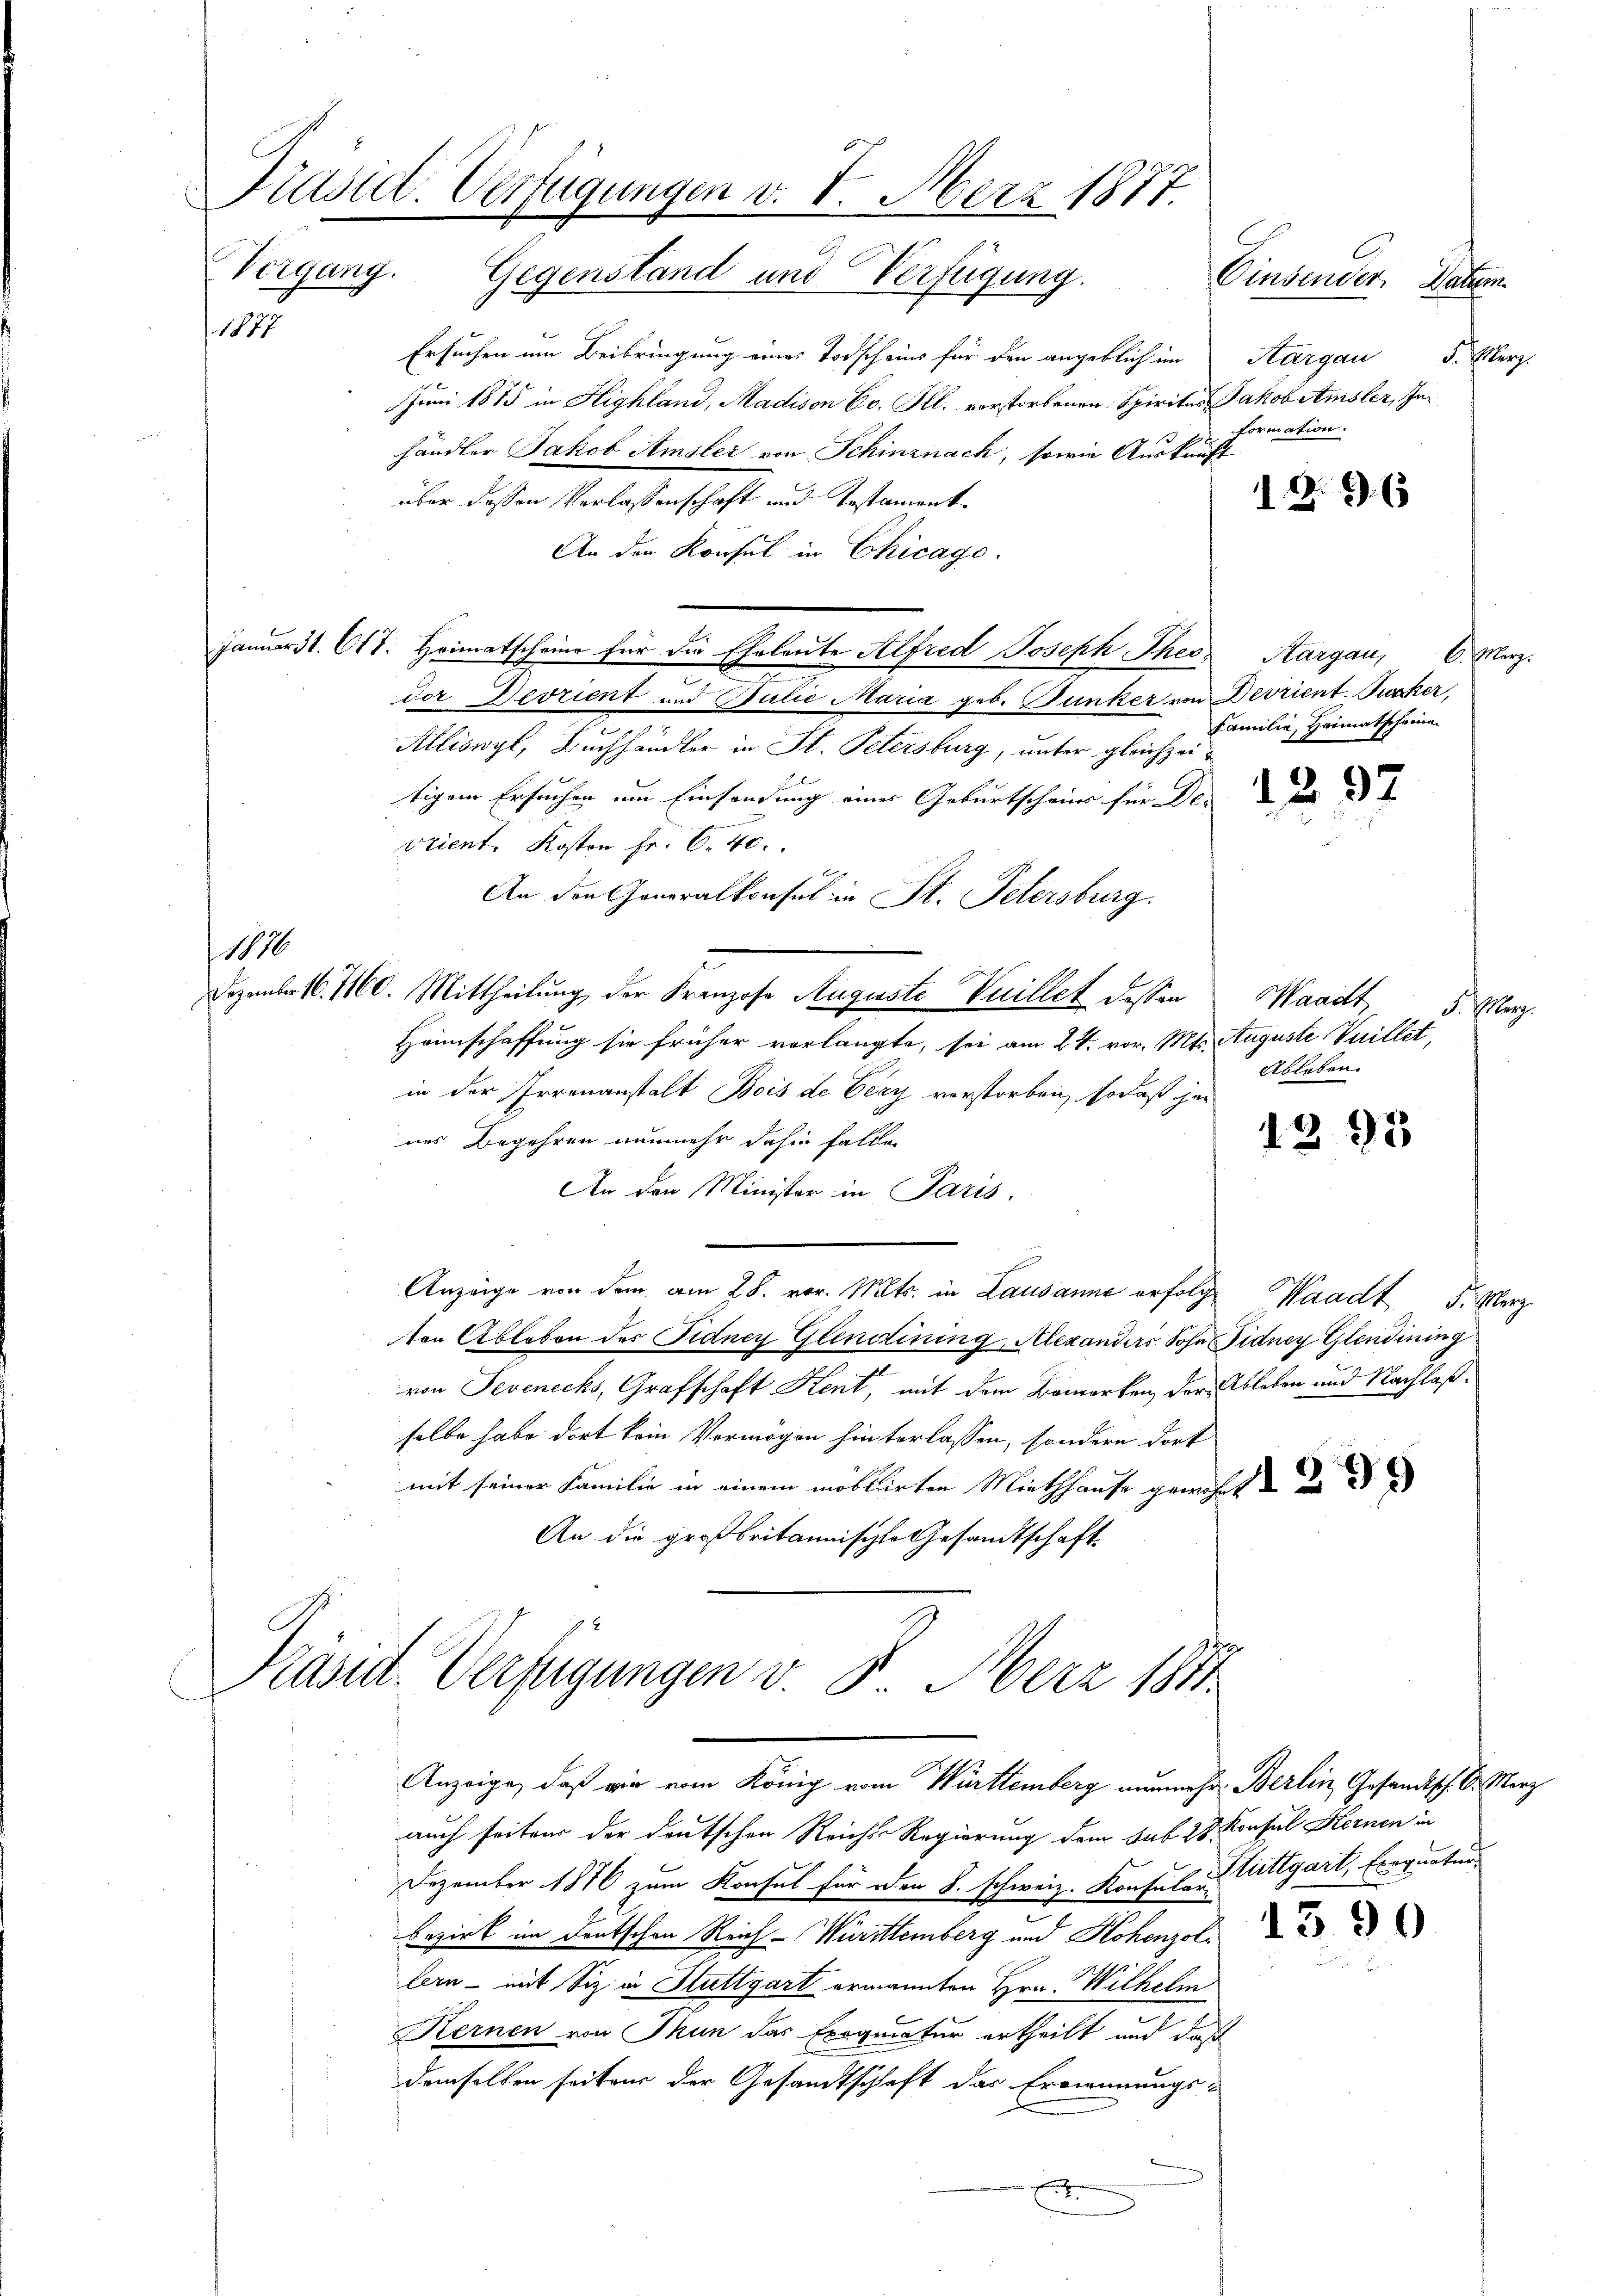
Präsid. Verfügungen v. 8. Merz 1877.
Vorgang.
Gegenstand und Verfügung.
Einsender Paten.

1877

Ersuchen um Beibringung eines Todscheins für den angeblich im Aargau d. Merz-
Juni 1885 in Highland, Madison Cc. Ill. vorstorbenen Spirites Jakob Amsler, Inhändler Jakob Amsler von Schinznach, sowie Auskunft
über dessen Verlassenschaft und Testament
An der Konsul in Chicago.
Januar 31. 617. Heimatscheine für die Eheleute Alfred Joseph Thes. Aargau, C. Merz.
dor Devrient und Bulie Maria geb. Dunker von Devrient. Jucker,
Alliswyl, Buchhändler in St. Petersburg, unter gleichzeitigem Ersuchen um Einsendung eines Geburtscheiner für Des
vrient. Kosten Fr. 6. 40.
An den Generalkonsul in St. Petersburg.
1176
Dezember 16. 1160. Mittheilung der Franzose Auguste Vuillet dessen Waadt
Heimschaffung sie früher verlangte, sei am 24. vor. Mts. Auguste Vuillet,
in der Irrenanstalt Bois de Very verstorben, sodaß ihne
nes Begehren nunmehr dahin fallen
An den Minister in Paris
Anzeige von dem am 28. vor. Mts. in Lausanne erfolge Waadt F. Merz
ton Ableben des Fidney Glendining, Alexanders Sohn Fidney Glendining
von Sevenecks, Grafschaft Kent, mit dem Bemerken der Ableben und Nachlaßselbe habe dort kein Vermögen hinterlassen, sondern dort
mit seiner Familie in einem möblirten Miethhause gewährt d
An die großbritannischte Gesandtschaft

Präsid. Verfügungen v. 8. Merz 1811
Anzeige, daß wie vom König vom Württemberg nunmehr Berlin, Gesandtsch. E. Merz

auch seitens der deutschen Reiche Regierung dem sub 28. Konsul Kernen in
Dezember 1876 zum Konsul für den S. schweiz. Konsul in Ettgart, Exequaten
Bezirk im Deutschen Reich-Würittemberg und Hohenzol
lern - mit Siz in Stuttgart ermannten Hrn. Wilhelm
Kernen von Thun das Exequatur ertheilt und daß
demselben seiter der Gesandtschaft das Ernennungs-
E

Formation.

12. 63

Familie, Heimatscheinen

F. Marg.
Ableben.

1293